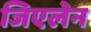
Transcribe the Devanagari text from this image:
जिएलेन